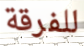
للفرقة